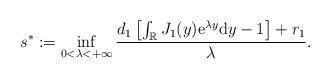
LaTeX: \begin{align*}s^*:=\inf _{0<\lambda<+\infty} \frac{d_{1}\left[\int_{\mathbb{R}} J_{1}(y) \mathrm{e}^{\lambda y} \mathrm{d}y-1\right]+r_1}{\lambda}.\end{align*}